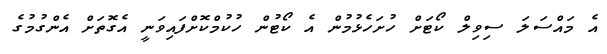
އެ މައްސަލަ ސިވިލް ކޯޓަށް ހުށަހެޅުމުން އެ ކޯޓުން ހުކުމްކޮށްފައިވަނީ އެގޮތަށް އެންގުމުގެ